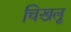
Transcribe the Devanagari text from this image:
चिखलू